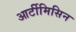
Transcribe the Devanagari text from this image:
आर्टीमिसिन